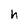
Character: h